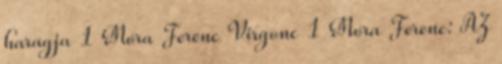
haragja 1 Móra Ferenc Virgonc 1 Móra Ferenc: AZ